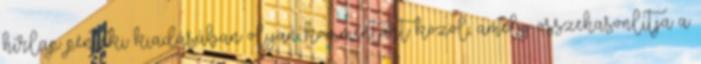
hírlap pénteki kiadásában olyan kommentárt közöl, amely összehasonlítja a